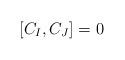
LaTeX: \begin{align*}[C_I,C_J]=0\ \ \ \ \ \ \end{align*}